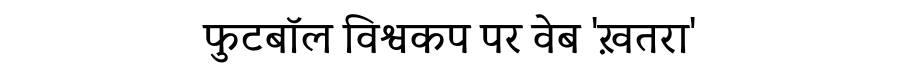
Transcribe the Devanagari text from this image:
फुटबॉल विश्वकप पर वेब 'ख़तरा'